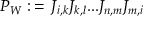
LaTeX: P _ { W } : \, = \, J _ { i , k } J _ { k , l } . . . J _ { n , m } J _ { m , i }